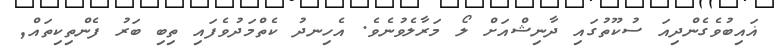
ޣައިބުވެގެންދިއަަ ސުކޫތުގައި ދާނިޝްއަށް ލޯ މަރާލެވުނެވެ. އެހިނދު ކެތްމަދުވެފައި ތިބި ބަރު ފެންތިކިތައް